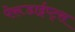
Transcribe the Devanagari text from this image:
पेरूडाईप्ट्स